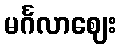
မင်္ဂလာဈေး